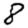
Digit: 8